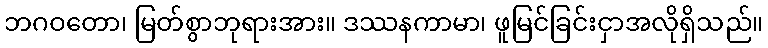
ဘဂဝတော၊ မြတ်စွာဘုရားအား။ ဒဿနကာမာ၊ ဖူမြင်ခြင်းငှာအလိုရှိသည်။